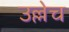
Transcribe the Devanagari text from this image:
उल्लेच